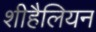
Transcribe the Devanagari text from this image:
शीहैलियन